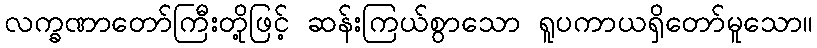
လက္ခဏာတော်ကြီးတို့ဖြင့် ဆန်းကြယ်စွာသော ရူပကာယရှိတော်မူသော။